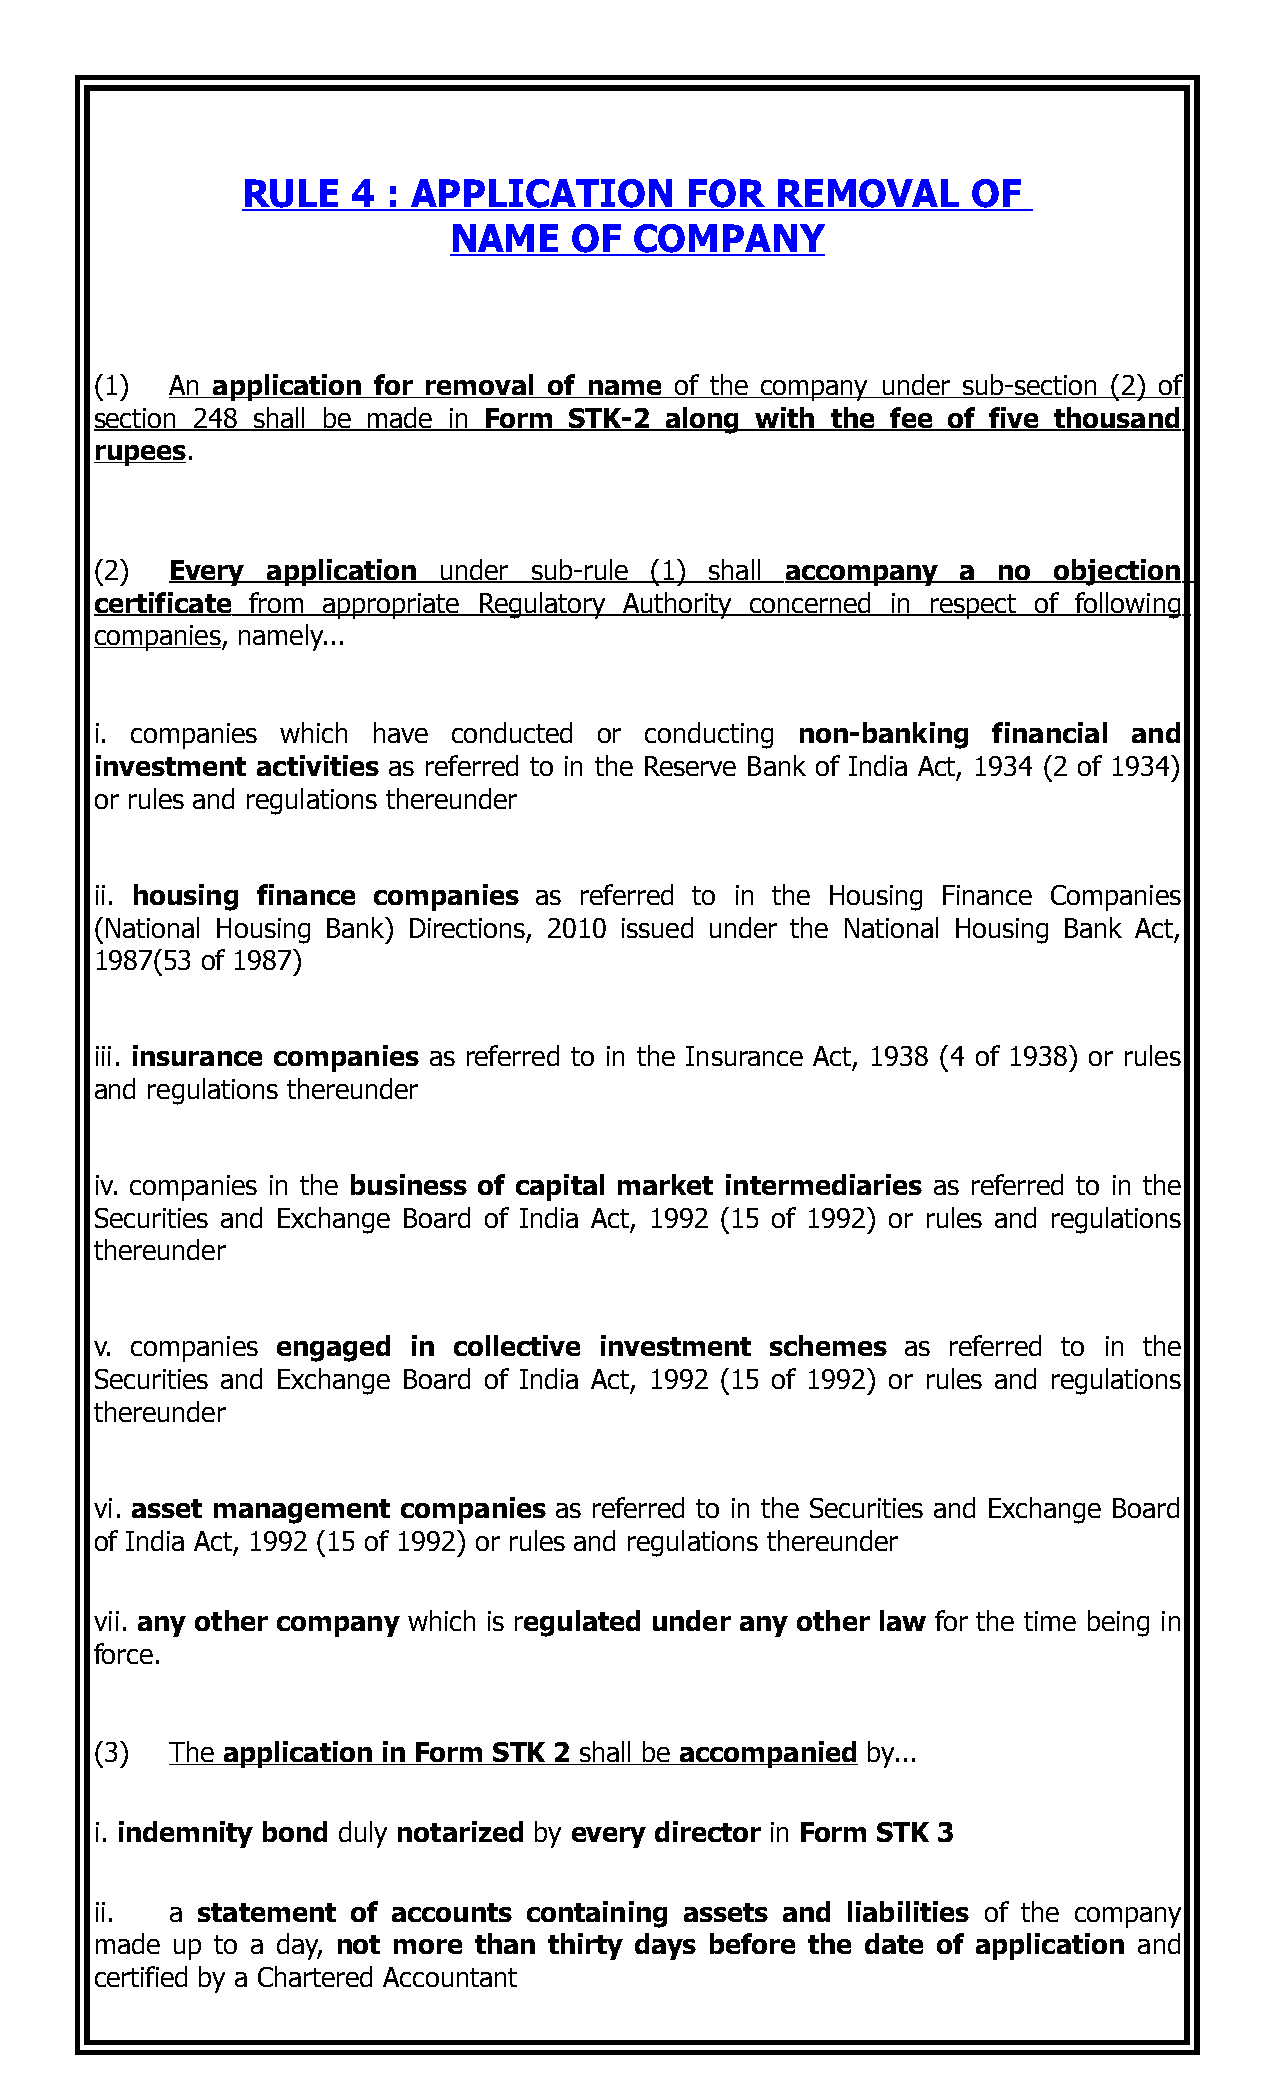
RULE   4  : APPLICATION      FOR   REMOVAL      OF
 NAME    OF  COMPANY
 (1)  An application for removal of name of the company under sub-section (2) o f
 section 248 shall be made in Form STK-2 along with the fee of five thousand
 rupees.
 (2)  Every  application under sub-rule (1) shall accompany a no objection
 certificate from appropriate Regulatory Authority concerned in respect of following
 companies, namely...
 i. companies which have conducted or conducting non-banking financial and
 investment activities as referred to in the Reserve Bank of India Act, 1934 (2 of 1934)
 or rules and regulations thereunder
 ii. housing finance companies as referred to in the Housing Finance Companies
 (National Housing Bank) Directions, 2010 issued under the National Housing Bank Act,
 1987(53 of 1987)
 iii. insurance companies as referred to in the Insurance Act, 1938 (4 of 1938) or rules
 and regulations thereunder
 iv. companies in the business of capital market intermediaries as referred to in the
 Securities and Exchange Board of India Act, 1992 (15 of 1992) or rules and regulations
 thereunder
 v. companies engaged in collective investment schemes as referred to in the
 Securities and Exchange Board of India Act, 1992 (15 of 1992) or rules and regulations
 thereunder
 vi. asset management companies as referred to in the Securities and Exchange Board
 of India Act, 1992 (15 of 1992) or rules and regulations thereunder
 vii. any other company which is regulated under any other law for the time being in
 force.
 (3)  The application in Form STK 2 shall be accompanied by...
 i. indemnity bond duly notarized by every director in Form STK 3
 ii.  a statement of accounts containing assets and liabilities of the company
 made up to a day, not more than thirty days before the date of application and
 certified by a Chartered Accountant